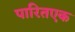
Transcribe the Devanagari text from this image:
पारितएक